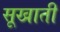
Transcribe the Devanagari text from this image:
सूखाती